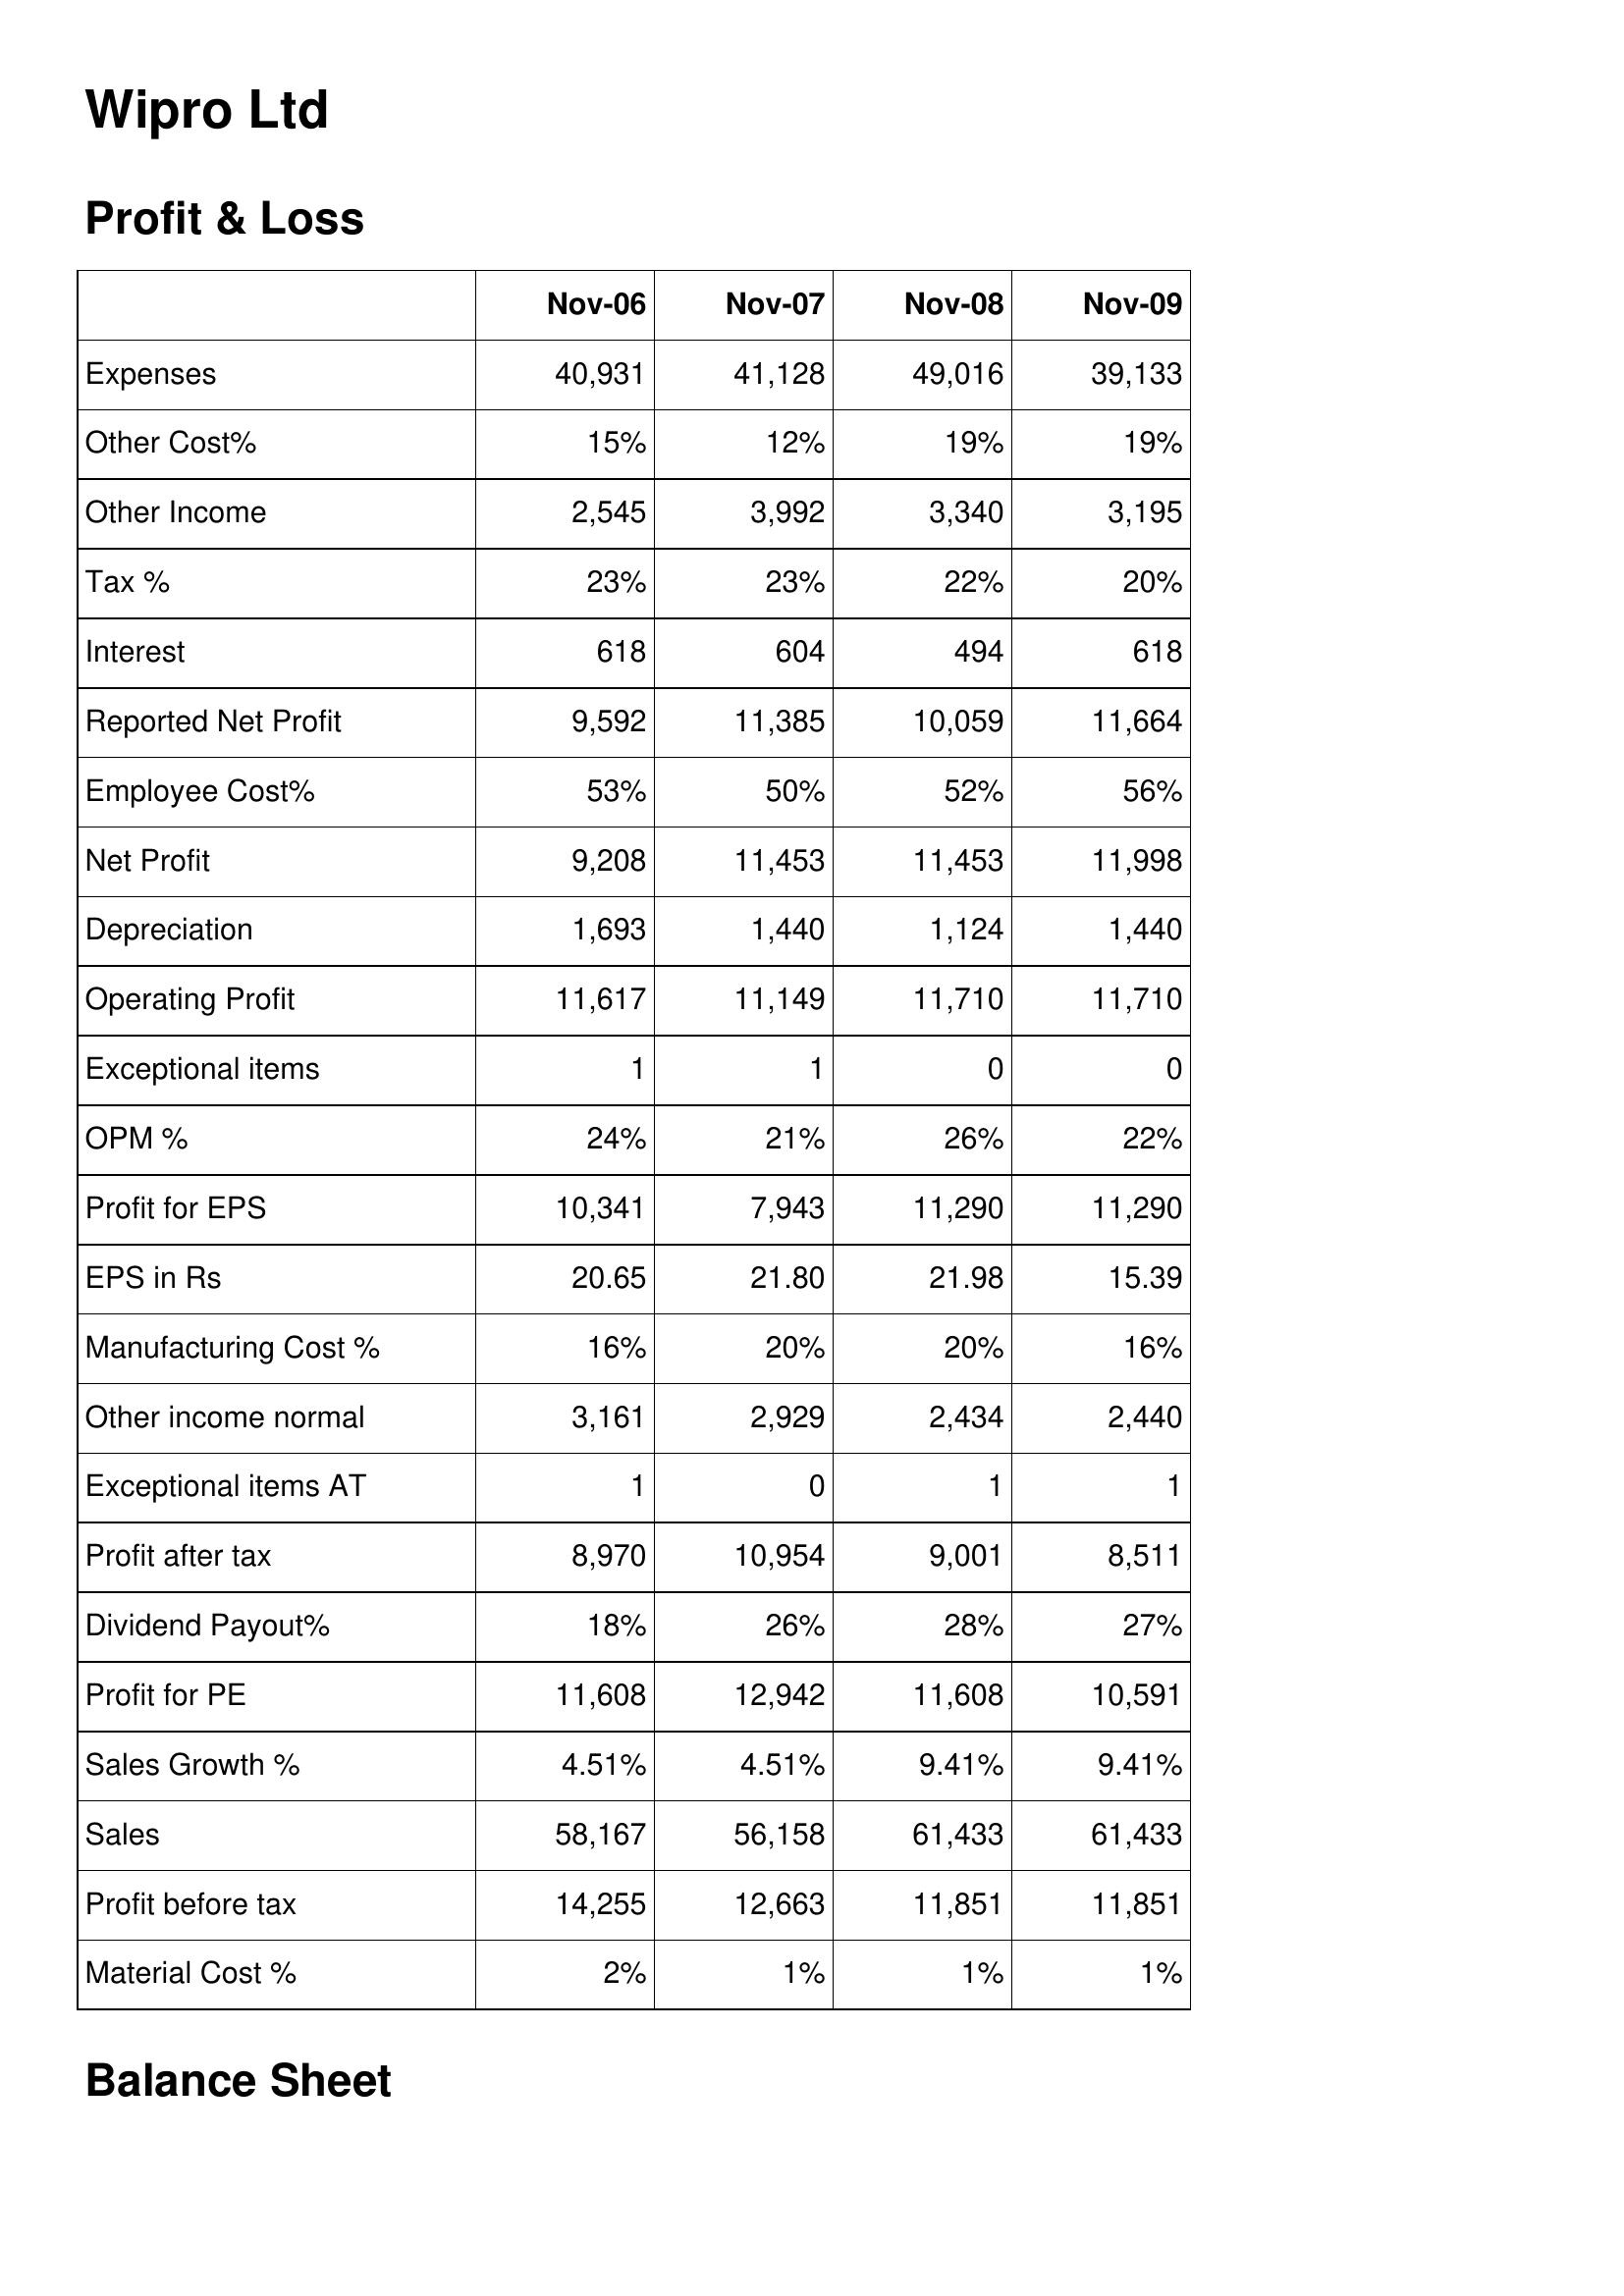
Nov-06: Profit & Loss: Expenses: 40,931
Other Cost%: 15%
Other Income: 2,545
Tax %: 23%
Interest: 618
Reported Net Profit: 9,592
Employee Cost%: 53%
Net Profit: 9,208
Depreciation: 1,693
Operating Profit: 11,617
Exceptional items: 1
OPM %: 24%
Profit for EPS: 10,341
EPS in Rs: 20.65
Manufacturing Cost %: 16%
Other income normal: 3,161
Exceptional items AT: 1
Profit after tax: 8,970
Dividend Payout%: 18%
Profit for PE: 11,608
Sales Growth %: 4.51%
Sales: 58,167
Profit before tax: 14,255
Material Cost %: 2%
Nov-07: Profit & Loss: Expenses: 41,128
Other Cost%: 12%
Other Income: 3,992
Tax %: 23%
Interest: 604
Reported Net Profit: 11,385
Employee Cost%: 50%
Net Profit: 11,453
Depreciation: 1,440
Operating Profit: 11,149
Exceptional items: 1
OPM %: 21%
Profit for EPS: 7,943
EPS in Rs: 21.80
Manufacturing Cost %: 20%
Other income normal: 2,929
Exceptional items AT: 0
Profit after tax: 10,954
Dividend Payout%: 26%
Profit for PE: 12,942
Sales Growth %: 4.51%
Sales: 56,158
Profit before tax: 12,663
Material Cost %: 1%
Nov-08: Profit & Loss: Expenses: 49,016
Other Cost%: 19%
Other Income: 3,340
Tax %: 22%
Interest: 494
Reported Net Profit: 10,059
Employee Cost%: 52%
Net Profit: 11,453
Depreciation: 1,124
Operating Profit: 11,710
Exceptional items: 0
OPM %: 26%
Profit for EPS: 11,290
EPS in Rs: 21.98
Manufacturing Cost %: 20%
Other income normal: 2,434
Exceptional items AT: 1
Profit after tax: 9,001
Dividend Payout%: 28%
Profit for PE: 11,608
Sales Growth %: 9.41%
Sales: 61,433
Profit before tax: 11,851
Material Cost %: 1%
Nov-09: Profit & Loss: Expenses: 39,133
Other Cost%: 19%
Other Income: 3,195
Tax %: 20%
Interest: 618
Reported Net Profit: 11,664
Employee Cost%: 56%
Net Profit: 11,998
Depreciation: 1,440
Operating Profit: 11,710
Exceptional items: 0
OPM %: 22%
Profit for EPS: 11,290
EPS in Rs: 15.39
Manufacturing Cost %: 16%
Other income normal: 2,440
Exceptional items AT: 1
Profit after tax: 8,511
Dividend Payout%: 27%
Profit for PE: 10,591
Sales Growth %: 9.41%
Sales: 61,433
Profit before tax: 11,851
Material Cost %: 1%